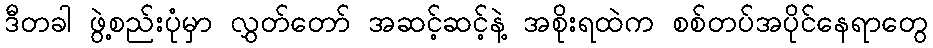
ဒီတခါ ဖွဲ့စည်းပုံမှာ လွှတ်တော် အဆင့်ဆင့်နဲ့ အစိုးရထဲက စစ်တပ်အပိုင်နေရာတွေ